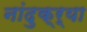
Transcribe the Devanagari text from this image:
नांदुक्र्या